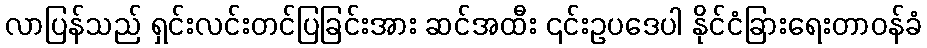
လာပြန်သည် ရှင်းလင်းတင်ပြခြင်းအား ဆင်အထီး ၎င်းဥပဒေပါ နိုင်ငံခြားရေးတာဝန်ခံ